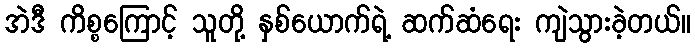
အဲဒီ ကိစ္စကြောင့် သူတို့ နှစ်ယောက်ရဲ့ ဆက်ဆံရေး ကျဲသွားခဲ့တယ်။